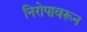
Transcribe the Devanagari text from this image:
निरोपावरून